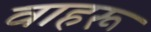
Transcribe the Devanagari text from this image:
वाहरू